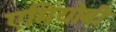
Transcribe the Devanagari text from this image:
एमियोबी